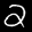
Label: 2